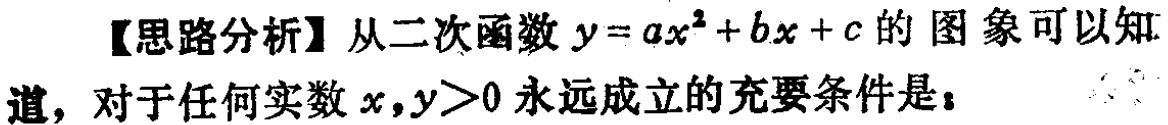
【思路分析】从二次函数\(y = ax^{2}+bx + c\)的图象可以知道，对于任何实数\(x\)，\(y>0\)永远成立的充要条件是：